Civil Veterinary Dept. Bombay admin report 1914-1922 - 1914-1922
Year: 1914
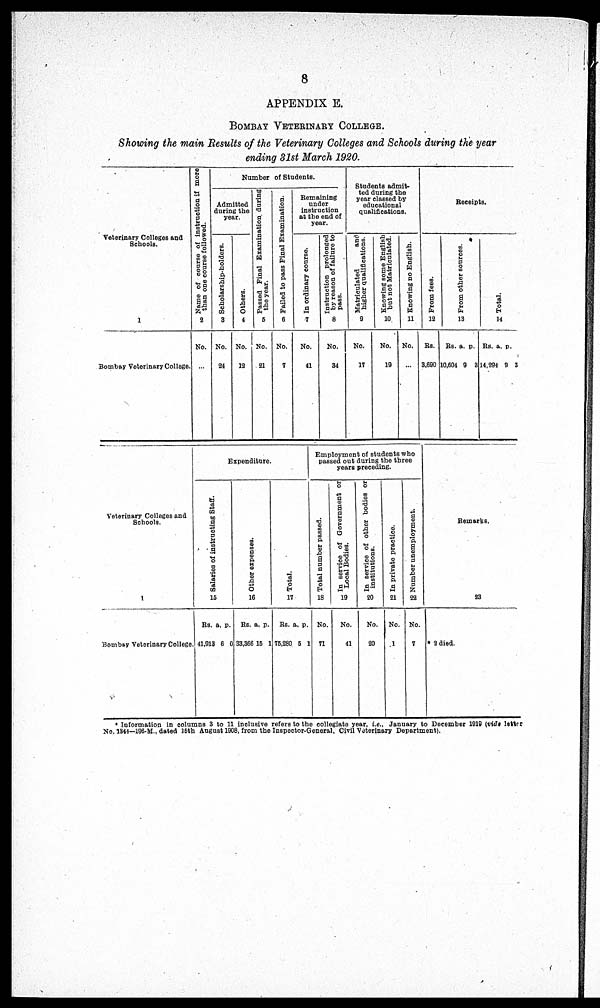
8
APPENDIX E.
BOMBAY VETERINARY COLLEGE.
Showing the main Results of the Veterinary Colleges and Schools during the year
ending 31st March 1920.
Veterinary Colleges and
Schools.
1
Bombay Veterinary College.
Name of course
of instruction if more
than one course followed.
2
No.
...
Number of Students.
Admitted
during the
year.
Scholarship-holders.
3
No.
24
Others.
4
No.
12
Passed Final Examination during
the year.
5
No.
21
Failed to pass Final Examination.
6
No.
7
Remaining
under
instruction
at the end of
year.
In ordinary course.
7
No.
41
Instruction prolonged
by reason of failure to
pass.
8
No.
34
Students admit-
ted during the
year classed by
educational
qualifications.
Matriculated
and
higher Qualifications.
9
No.
17
Knowing some English
but not Matriculated.
10
No.
19
Knowing no English.
11
No.
...
Receipts.
From fees.
12
Rs.
3,690
Fr om other sources.
13
Rs.
10,604
a.
9
p.
3
Tot al .
14
Rs.
14,294
a.
9
p.
3
Veterinary Colleges and
Schools.
1
Bombay Veterinary College.
Expenditure.
Salaries of instructing St af f .
15
Rs.
41,913
a.
6
p.
0
Ot her expenses.
16
Rs.
33,366
a.
15
p.
1
Tot al .
17
Rs.
75,280
a.
5
p.
1
Employment of students who
passed out during the three
years preceding.
Total number passed.
18
No.
71
In service of Government or
Local Bodies.
19
No.
41
In service of other bodies or
institutions.
20
No.
20
In private practice.
21
No.
1
Number unemployment.
22
No.
7
Remarks.
23
* 2 died.
Information in columns 3 to 11 inclusive refers to the collegiate year, i.e.. January to December 1919 (vide letter
No. 1844—196-M., dated 15th August 1908, from the Inspector-General, Civil Veterinary Department).